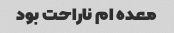
معده ام ناراحت بود